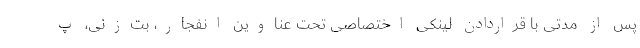
پس از مدتی با قراردادن لینکی اختصاصی تحت عناوین انفجار، بت‌زنی، پ